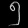
Digit: ၅